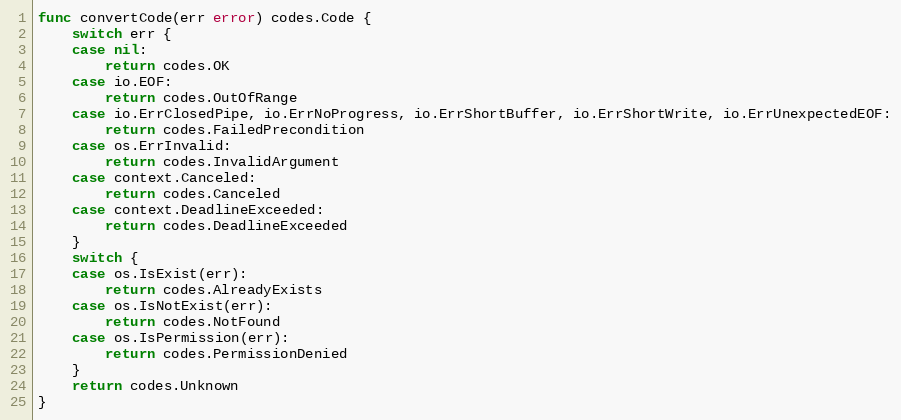
Language: Go
func convertCode(err error) codes.Code {
	switch err {
	case nil:
		return codes.OK
	case io.EOF:
		return codes.OutOfRange
	case io.ErrClosedPipe, io.ErrNoProgress, io.ErrShortBuffer, io.ErrShortWrite, io.ErrUnexpectedEOF:
		return codes.FailedPrecondition
	case os.ErrInvalid:
		return codes.InvalidArgument
	case context.Canceled:
		return codes.Canceled
	case context.DeadlineExceeded:
		return codes.DeadlineExceeded
	}
	switch {
	case os.IsExist(err):
		return codes.AlreadyExists
	case os.IsNotExist(err):
		return codes.NotFound
	case os.IsPermission(err):
		return codes.PermissionDenied
	}
	return codes.Unknown
}